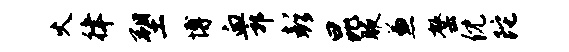
火律塑博血郭彭昆腋兼罄倪陀